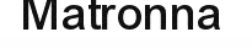
Matronna